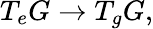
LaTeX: T_{e}G\to T_{g}G,